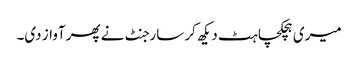
میری ہچکچاہٹ دیکھ کر سارجنٹ نے پھر آواز دی۔